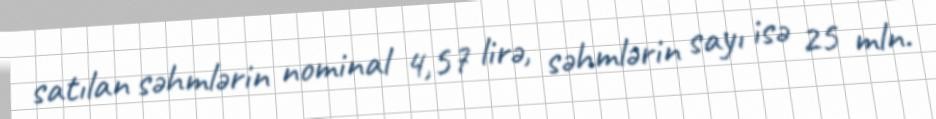
satılan səhmlərin nominal 4,57 lirə, səhmlərin sayı isə 25 mln.